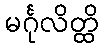
မင်္ဂုလိတ္ထိ